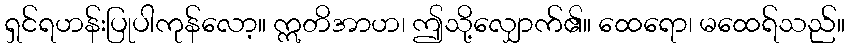
ရှင်ရဟန်းပြုပါကုန်လော့။ ဣတိအာဟ၊ ဤသို့လျှောက်၏။ ထေရော၊ မထေရ်သည်။